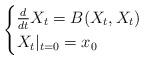
LaTeX: \begin{align*} \begin{cases}\frac{d}{dt} X_t = B(X_t,X_t) \\ X_t|_{t=0} = x_0\end{cases}\end{align*}